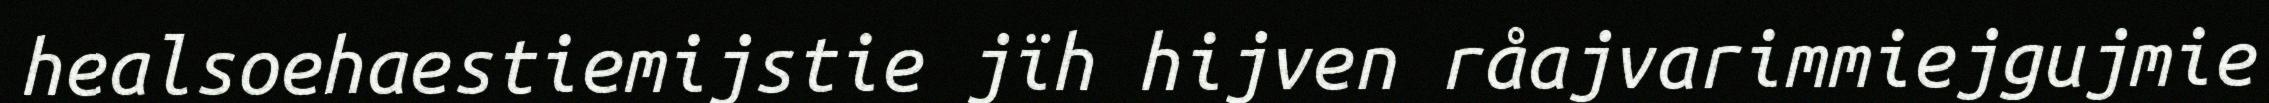
healsoehaestiemijstie jïh hijven råajvarimmiejgujmie